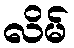
လိမ်